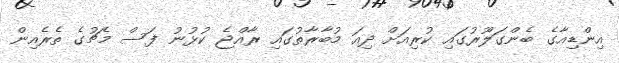
އިންޑިއާގެ ބެންގަލޫރުގައި ކުރިއަށް ދިއަ މުބާރާތުގައި ރާއްޖެ ކުޅުނު ފަސް މެޗުގެ ތެރެއިން